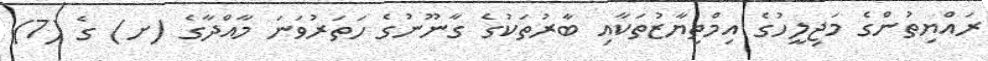
ރައްޔިތުންގެ މަޖިލީހުގެ އިމްތިޔާޒުތަކާއި ބާރުތަކުގެ ގާނޫނުގެ ހަތަރުވަނަ މާއްދާގެ (ށ) ގެ (7)